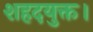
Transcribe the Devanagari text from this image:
शहदयुक्त।